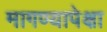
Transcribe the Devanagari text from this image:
मागण्यापेक्षा